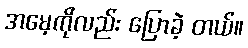
အမေ့ကိုလည်း ပြောခဲ့ တယ်။